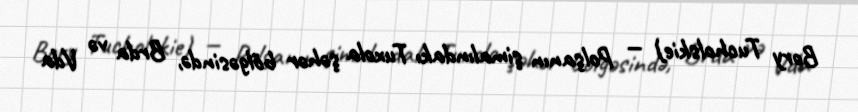
Bory Tucholskie) — Polşanın şimalındakı Tuxola şəhər bölgəsində, Brda və Vda